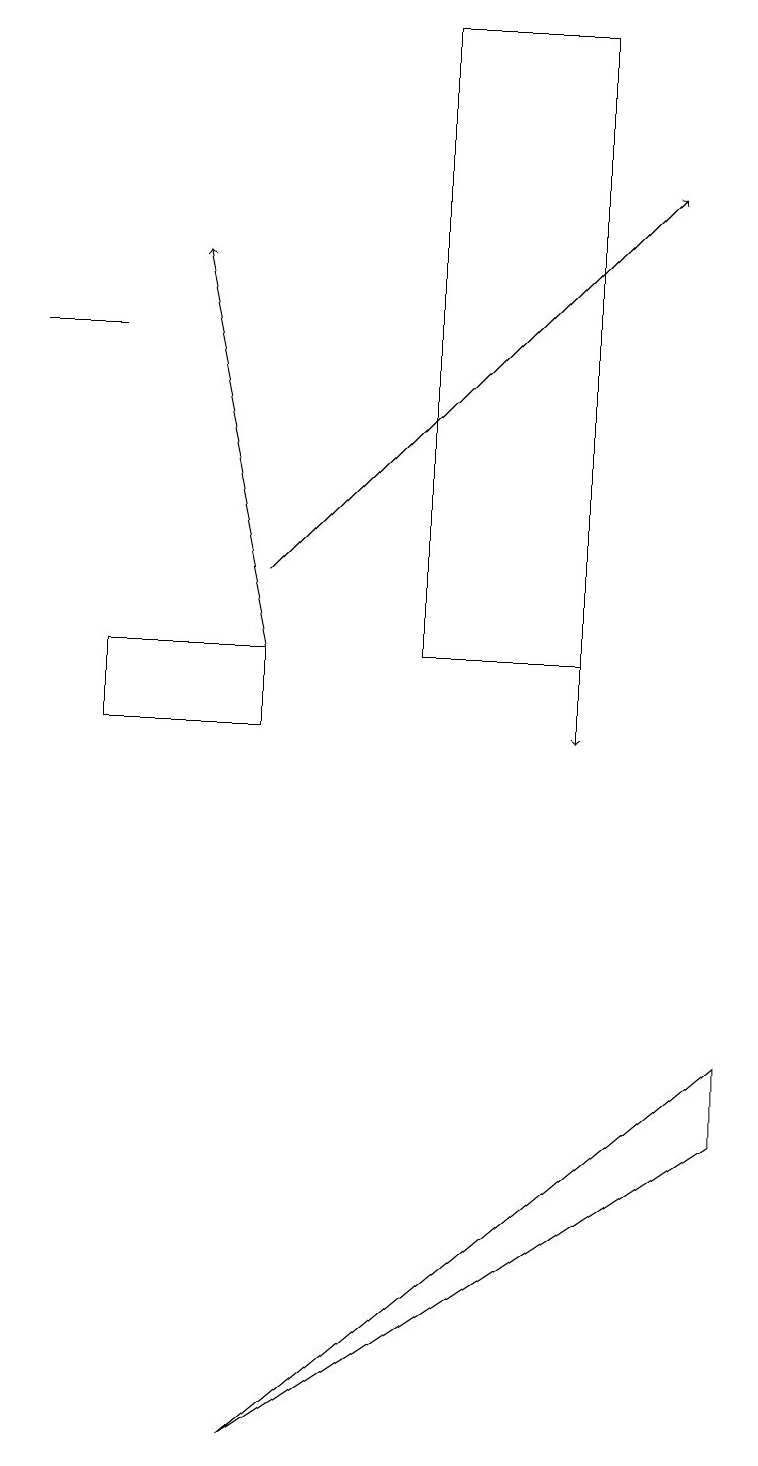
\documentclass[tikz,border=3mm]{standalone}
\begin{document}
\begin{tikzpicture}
\draw[->] (7,13) -- (7,10);
\draw[->] (3,11) -- (2,16);
\draw (1,11) rectangle (3,10);
\draw (1,15) rectangle (0,15);
\draw[->] (3,12) -- (8,17);
\draw (9,6) -- (9,5) -- (3,1) -- cycle;
\draw (5,11) rectangle (7,19);
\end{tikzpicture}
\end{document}